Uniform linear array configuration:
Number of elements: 8
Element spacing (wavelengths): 0.75
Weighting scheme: hann
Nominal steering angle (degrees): -45
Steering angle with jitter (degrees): -45.282
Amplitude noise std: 0.05
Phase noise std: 0.05

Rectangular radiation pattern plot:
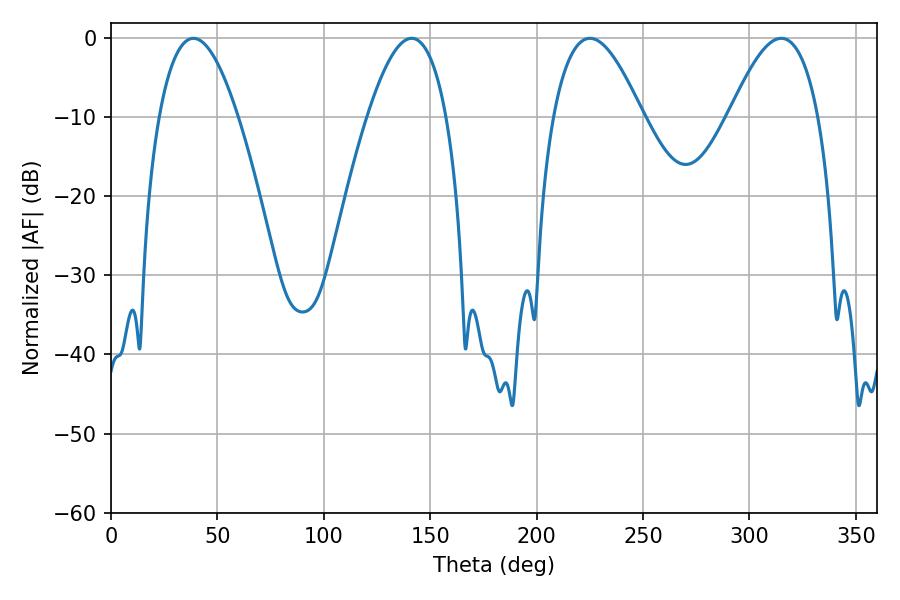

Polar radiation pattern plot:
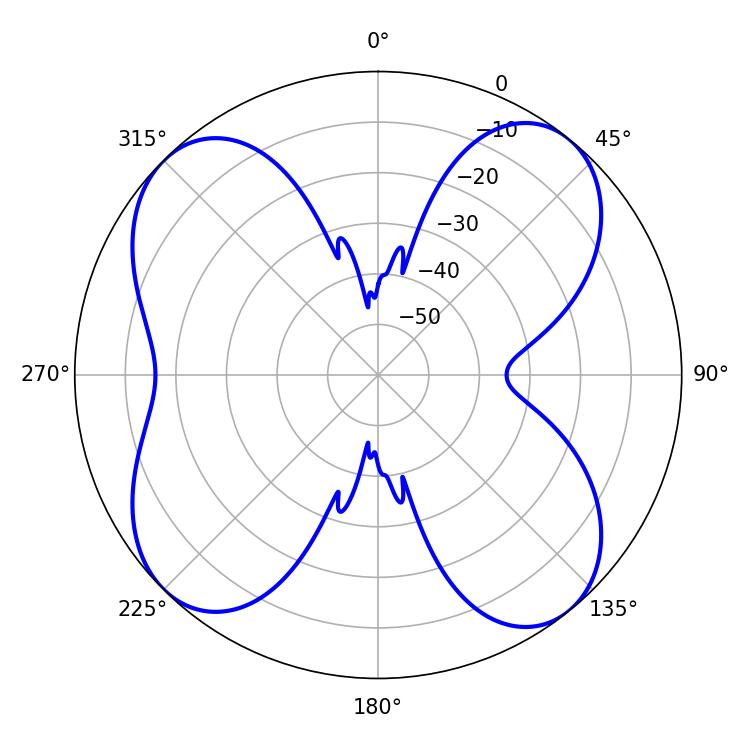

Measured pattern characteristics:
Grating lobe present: TRUE
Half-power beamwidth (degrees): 20.34
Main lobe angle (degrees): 38.7